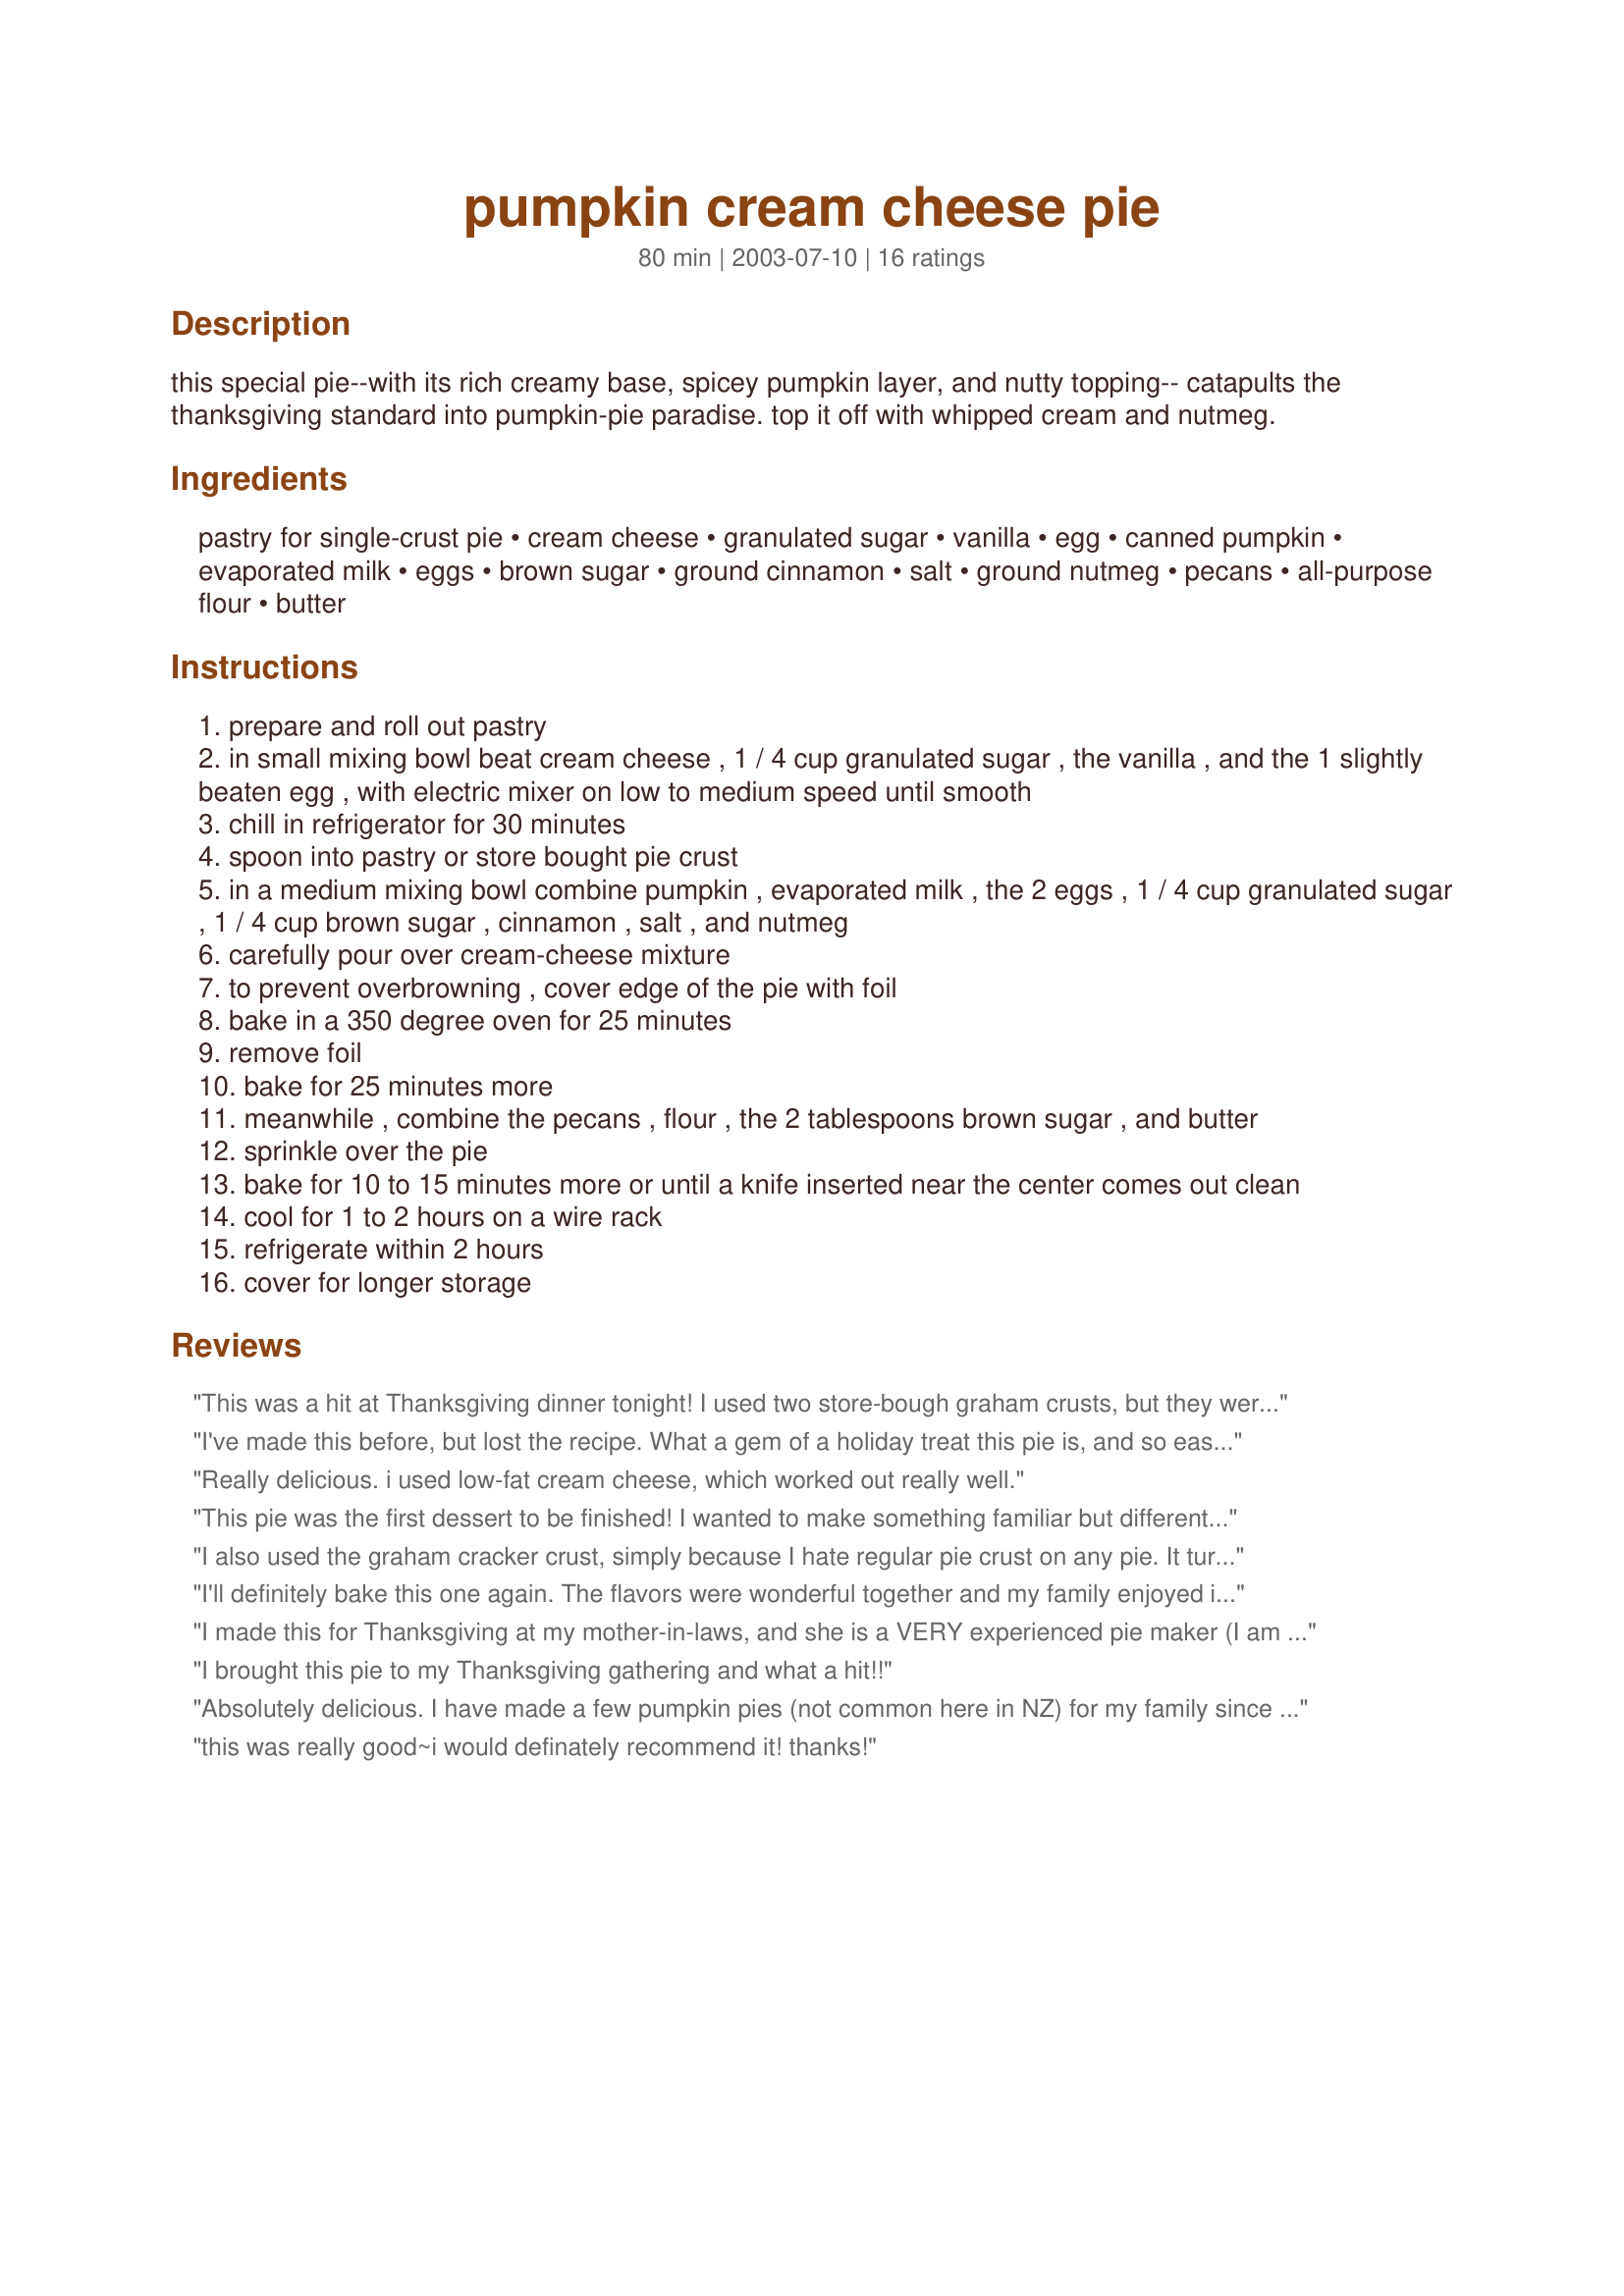
pumpkin cream cheese pie
Preparation time: 80 minutes

this special pie--with its rich creamy base, spicey pumpkin layer, and nutty topping-- catapults the thanksgiving standard into pumpkin-pie paradise. top it off with whipped cream and nutmeg.

Ingredients:
pastry for single-crust pie, cream cheese, granulated sugar, vanilla, egg, canned pumpkin, evaporated milk, eggs, brown sugar, ground cinnamon, salt, ground nutmeg, pecans, all-purpose flour, butter

Steps:
prepare and roll out pastry
in small mixing bowl beat cream cheese , 1 / 4 cup granulated sugar , the vanilla , and the 1 slightly beaten egg , with electric mixer on low to medium speed until smooth
chill in refrigerator for 30 minutes
spoon into pastry or store bought pie crust
in a medium mixing bowl combine pumpkin , evaporated milk , the 2 eggs , 1 / 4 cup granulated sugar , 1 / 4 cup brown sugar , cinnamon , salt , and nutmeg
carefully pour over cream-cheese mixture
to prevent overbrowning , cover edge of the pie with foil
bake in a 350 degree oven for 25 minutes
remove foil
bake for 25 minutes more
meanwhile , combine the pecans , flour , the 2 tablespoons brown sugar , and butter
sprinkle over the pie
bake for 10 to 15 minutes more or until a knife inserted near the center comes out clean
cool for 1 to 2 hours on a wire rack
refrigerate within 2 hours
cover for longer storage

Reviews:
This was a hit at Thanksgiving dinner tonight! I used two store-bough graham crusts, but they were clearly going to be too small to hold all the filling, so I made two--I split the cream cheese layer between two crusts and doubled the pumpkin filling (using one large can of pumpkin and one can of evaporated milk) and pecan topping (which was almost too much). It fit perfectly. Thanks!
I've made this before, but lost the recipe. What a gem of a holiday treat this pie is, and so easy to make! Your family and friends will be begging for more. Better make 2!
Really delicious. i used low-fat cream cheese, which worked out really well.
This pie was the first dessert to be finished! I wanted to make something familiar but different. My family kept raving that it was so good, they just wished I had made more than one pie! I was in such a rush that I even messed up on the topping. I sprinkled it on the pie right before, rather than the last 10-15 minutes. This will definitely show up at next year's Thanksgiving and Christmas! Thanks for such an awesome recipe!
I also used the graham cracker crust, simply because I hate regular pie crust on any pie. It turned out great and my hubby loved it, and he normally doesn't like pie. I took this to Thanksgiving dinner @ my in-laws today and everyone who ate it, raved about it (my MIL especially). I would definitely make this again!
I'll definitely bake this one again. The flavors were wonderful together and my family enjoyed it. It's well worth any extra time you spend in making this pie. Thanks for sharing your recipe.
I made this for Thanksgiving at my mother-in-laws, and she is a VERY experienced pie maker (I am not!) and she was very impressed by it. score! It was very tasty and special-occasion worthy. It was alot of steps, if you didn't have the time you could make a regular pumpkin pie and just add the yummy pecan topping and that would make it extra special. Very tasty pie, thanks for sharing.
I brought this pie to my Thanksgiving gathering and what a hit!!
Absolutely delicious. I have made a few pumpkin pies (not common here in NZ) for my family since moving here but never one with cream cheese or one that had a nut topping. Ive never seen canned pumpkin here either so I just steamed up an amount of fresh pumpkin that looked like it would mash to the amount required and other than that I followed the recipe to a T.
Simple to make and great spiced flavour.
Thank you for sharing.
this was really good~i would definately recommend it! thanks!
Super good.
Well received by all.
Wonderful recipe!!! Great combination of tastes. I changed the crust to a graham cracker crust - store bought, made it tastle just like cheese cake, my husband loved it. Easy to make, and delicious. Thanks so much for sharing this recipe!!!
I made this for Thanksgiving 2004. Overall it was good. My mother-in-law who doesn't like pumpkin pie, liked this. She said it had so many flavors you could hardly taste the pumpkin. Some of my guests left the crust behind - I used a Pillsbury crust and the bottom didn't seem to get as done as I would have liked. I would recommend using a graham cracker crust. You wouldn't have to worry about it getting done and its flavor would enhance the rest of the pie. Thanks for the recipe.
Really good! Made just as directed, but left off the topping. I was in a hurry, and didn't chill the cream cheese base before adding the pumpkin, which was definitely a mistake, as the pumpkin and cream cheese mixed a bit. It was very good, but my DD suggested that it would have been better with a graham cracker crust, and I think that is a very good idea. I'll probably be making this again. Thanks for the great recipe!
Oh, what a wonderful pie this is! DH is a HUGE pumpkin pie fan, but not a big lover of cream cheese. I shooed him out of the kitchen til these were done. He's just now tasted it and he's blown away - declared that THIS was our new Thanksgiving/Christmas pumpkin pie! Thanks so much for this recipe.
This was definately at hit. It is ABSOLUTELY FABULOUS. Now when I made this I doubled the recipies used three pie tins. One with both pumkin and cream cheese w/ nuts, one without nuts and one pumkin only and nuts. That way I could please everyone.
